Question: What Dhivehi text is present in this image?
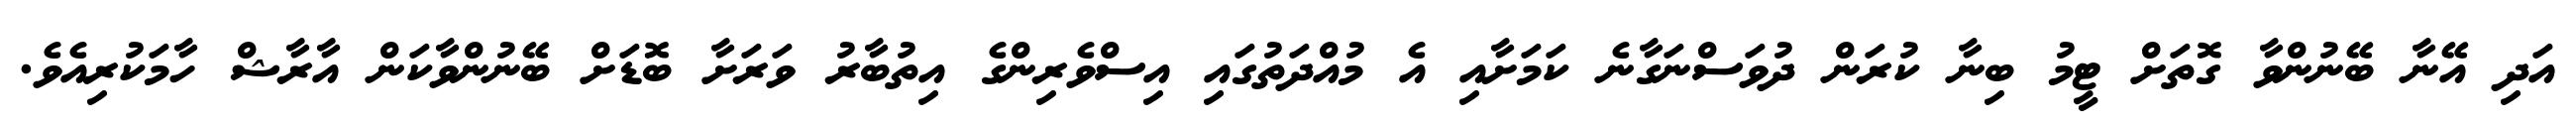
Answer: އަދި އޭނާ ބޭނުންވާ ގޮތަށް ޓީމު ބިނާ ކުރަން ދުވަސްނަގާނެ ކަމަށާއި އެ މުއްދަތުގައި އިސްވެރިންގެ އިތުބާރު ވަރަށާ ބޮޑަށް ބޭނުންވާކަން އާރާޝް ހާމަކުރިއެވެ.